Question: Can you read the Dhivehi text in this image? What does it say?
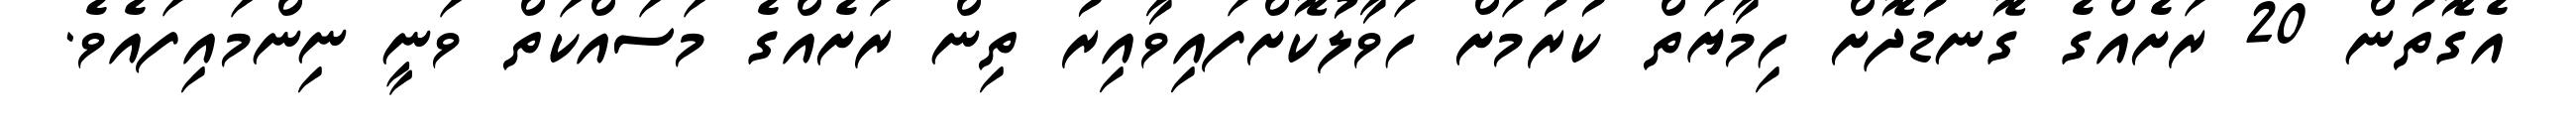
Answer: އެގޮތުން 20 ރަށެއްގެ ގޮނޑުދޮށް ހިމާޔަތް ކުރުމަށް ހަވާލުކޮށްފައިވާއިރު ތިން ރަށެއްގެ މަސައްކަތް ވަނީ ނިންމައިފައެވެ.